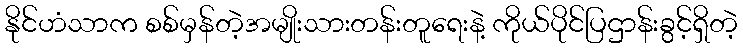
နိုင်ဟံသာက စစ်မှန်တဲ့အမျိုးသားတန်းတူရေးနဲ့ ကိုယ်ပိုင်ပြဌာန်းခွင့်ရှိတဲ့